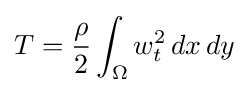
T={\frac {\rho }{2}}\int _{\Omega }w_{t}^{2}\,dx\,dy